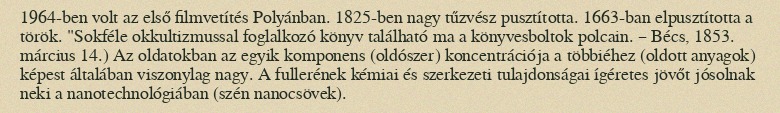
1964-ben volt az első filmvetítés Polyánban. 1825-ben nagy tűzvész pusztította. 1663-ban elpusztította a török. "Sokféle okkultizmussal foglalkozó könyv található ma a könyvesboltok polcain. – Bécs, 1853. március 14.) Az oldatokban az egyik komponens (oldószer) koncentrációja a többiéhez (oldott anyagok) képest általában viszonylag nagy. A fullerének kémiai és szerkezeti tulajdonságai ígéretes jövőt jósolnak neki a nanotechnológiában (szén nanocsövek).